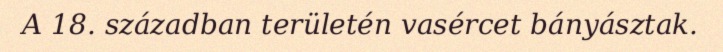
A 18. században területén vasércet bányásztak.